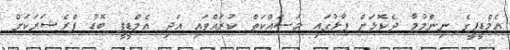
އެމްޑީޕީގެ ނިންމުމާ ދެކޮޅަށް ފާޅުގައި މަސައްކަތް ކުރައްވައި އަދި އެމްޑީޕީ ބޮޑު ޕްރެޝަރަކަށް